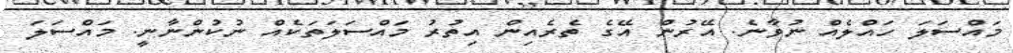
މައްސަލަ ހައްލެއް ނުވާނެ. އޭރުން އޭގެ ތެރެއިން އިތުރު މައްސަލަތަކެއް ނުކުންނާނީ. މައްސަލަ